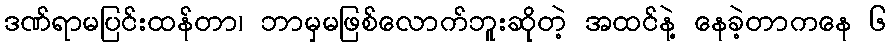
ဒဏ်ရာမပြင်းထန်တာ၊ ဘာမှမဖြစ်လောက်ဘူးဆိုတဲ့ အထင်နဲ့ နေခဲ့တာကနေ ၆